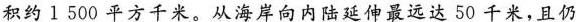
积约1500平方千米。从海岸向内陆延伸最远达50千米，且仍